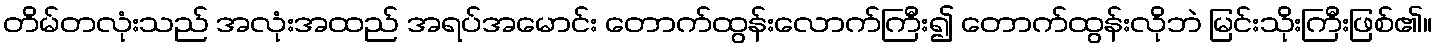
တိမ်တလုံးသည် အလုံးအထည် အရပ်အမောင်း တောက်ထွန်းလောက်ကြီး၍ တောက်ထွန်းလိုဘဲ မြင်းသိုးကြီးဖြစ်၏။